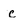
Character: c